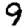
Digit: 9